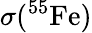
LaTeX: \sigma(^{55}\mathrm{{Fe})}